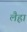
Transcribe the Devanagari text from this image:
लैह्रां